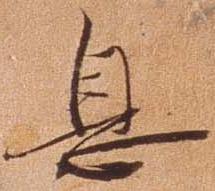
息